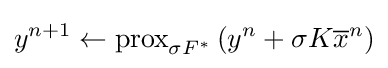
y^{n+1}\leftarrow {\text{prox}}_{\sigma F^{*}}\left(y^{n}+\sigma K{\overline {x}}^{n}\right)